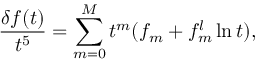
\frac { \delta f ( t ) } { t ^ { 5 } } = \sum _ { m = 0 } ^ { M } t ^ { m } ( f _ { m } + f _ { m } ^ { l } \ln t ) ,